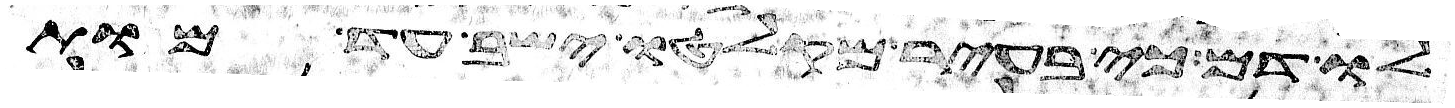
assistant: לו דם כי בעיר מקלטו ישב עד מות